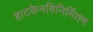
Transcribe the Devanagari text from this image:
हाटकेनविनिर्मितम